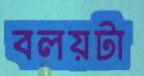
বলয়টা